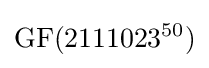
\mathrm {GF} (2111023^{50})